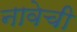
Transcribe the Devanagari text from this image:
नावेची